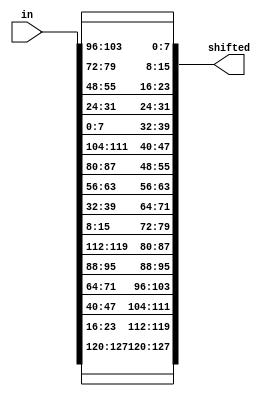
`timescale 1ns / 1ps
////////////////////////////////////////////////////////////////////////////////
// Company: 
// Engineer:
//
// Design Name:    
// Module Name:    inv_shift_row
// Project Name:   
// Target Device:  
// Tool versions:  
// Description:
//
// Dependencies:
// 
// Revision:
// Revision 0.01 - File Created
// Additional Comments:
// 
////////////////////////////////////////////////////////////////////////////////
module inv_shift_row (in, shifted);
	input [0:127] in;
	output [0:127] shifted;
	
	// First row (r = 0) is not shifted
	assign shifted[0+:8] = in[0+:8];
	assign shifted[32+:8] = in[32+:8];
	assign shifted[64+:8] = in[64+:8];
   assign shifted[96+:8] = in[96+:8];
	
	// Second row (r = 1) is cyclically right shifted by 1 offset
   assign shifted[8+:8] = in[104+:8];
   assign shifted[40+:8] = in[8+:8];
   assign shifted[72+:8] = in[40+:8];
   assign shifted[104+:8] = in[72+:8];
	
	// Third row (r = 2) is cyclically right shifted by 2 offsets
   assign shifted[16+:8] = in[80+:8];
   assign shifted[48+:8] = in[112+:8];
   assign shifted[80+:8] = in[16+:8];
   assign shifted[112+:8] = in[48+:8];
	
	// Fourth row (r = 3) is cyclically right shifted by 3 offsets
   assign shifted[24+:8] = in[56+:8];
   assign shifted[56+:8] = in[88+:8];
   assign shifted[88+:8] = in[120+:8];
   assign shifted[120+:8] = in[24+:8];

endmodule